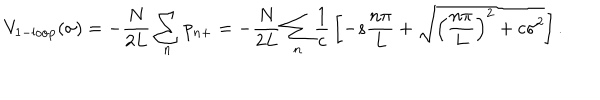
V _ { 1 - \mathrm { l o o p } } ( \sigma ) = - { \frac { N } { 2 L } } \sum _ { n } p _ { n + } = - { \frac { N } { 2 L } } \sum _ { n } { \frac { 1 } { c } } \left[ - s { \frac { n \pi } { L } } + \sqrt { \left( { \frac { n \pi } { L } } \right) ^ { 2 } + c \sigma ^ { 2 } } \right] .